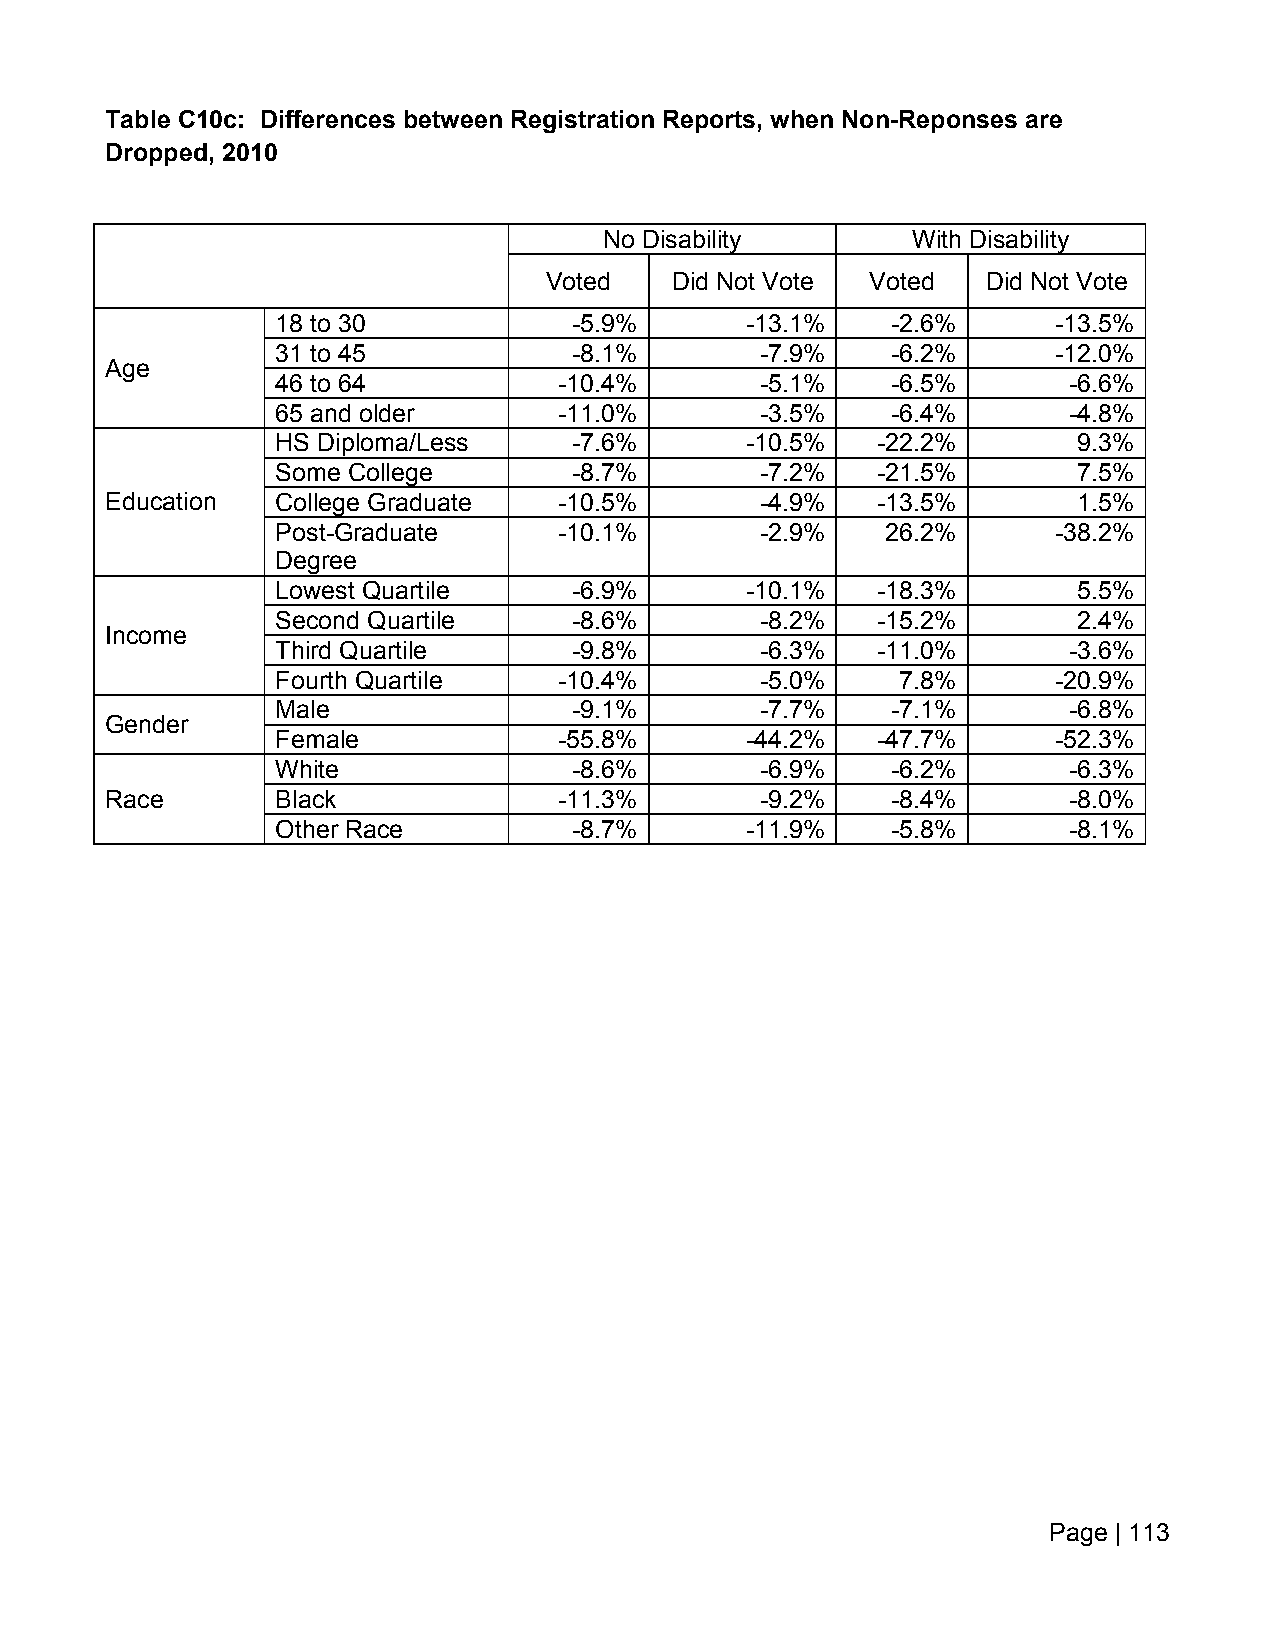
Table C10c: Differences between Registration Reports, when Non-Reponses are
 Dropped, 2010
 No Disability       With Disability
 Voted   Did Not Vote  Voted  Did Not Vote
 18 to 30            -5.9%      -13.1%    -2.6%      -13.5%
 31 to 45            -8.1%       -7.9%    -6.2%      -12.0%
 Age
 46 to 64           -10.4%       -5.1%    -6.5%       -6.6%
 65 and older       -11.0%       -3.5%    -6.4%       -4.8%
 HS Diploma/Less     -7.6%      -10.5%   -22.2%       9.3%
 Some College        -8.7%       -7.2%   -21.5%       7.5%
 Education  College Graduate   -10.5%       -4.9%   -13.5%       1.5%
 Post-Graduate      -10.1%       -2.9%    26.2%      -38.2%
 Degree
 Lowest Quartile     -6.9%      -10.1%   -18.3%       5.5%
 Second Quartile     -8.6%       -8.2%   -15.2%       2.4%
 Income
 Third Quartile      -9.8%       -6.3%   -11.0%       -3.6%
 Fourth Quartile    -10.4%       -5.0%     7.8%      -20.9%
 Male                -9.1%       -7.7%    -7.1%       -6.8%
 Gender
 Female             -55.8%      -44.2%   -47.7%      -52.3%
 White               -8.6%       -6.9%    -6.2%       -6.3%
 Race       Black              -11.3%       -9.2%    -8.4%       -8.0%
 Other Race          -8.7%      -11.9%    -5.8%       -8.1%
 Page | 113